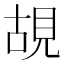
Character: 𮗎